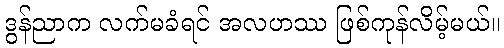
ဒွန်ညာက လက်မခံရင် အလဟဿ ဖြစ်ကုန်လိမ့်မယ်။